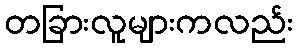
တခြားလူများကလည်း